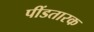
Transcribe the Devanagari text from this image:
पींडतारक